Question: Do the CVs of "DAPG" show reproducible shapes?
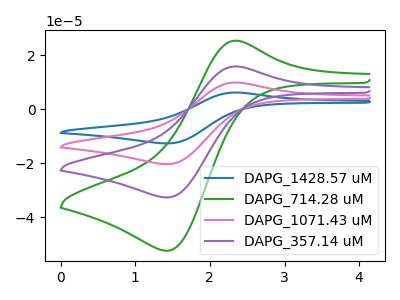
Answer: <think>The blue curve "DAPG_1428.57 uM" has an anodic peak at (2.35V, 47.35uA) and a cathodic peak at (1.45V, -98.00uA). The green curve "DAPG_714.28 uM" has an anodic peak at (2.35V, 25.30uA) and a cathodic peak at (1.45V, -52.40uA). The pink curve "DAPG_1071.43 uM" has an anodic peak at (2.35V, 31.55uA) and a cathodic peak at (1.45V, -65.35uA). The purple curve "DAPG_357.14 uM" has an anodic peak at (2.35V, 15.80uA) and a cathodic peak at (1.45V, -32.65uA).
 All the peaks in "DAPG_1428.57 uM" have a peak in "DAPG_714.28 uM" at the same potential. Every peak in "DAPG_1428.57 uM" is higher than every peak in "DAPG_714.28 uM". All the peaks in "DAPG_1428.57 uM" have a peak in "DAPG_1071.43 uM" at the same potential. Every peak in "DAPG_1428.57 uM" is higher than every peak in "DAPG_1071.43 uM". All the peaks in "DAPG_1428.57 uM" have a peak in "DAPG_357.14 uM" at the same potential. Every peak in "DAPG_1428.57 uM" is higher than every peak in "DAPG_357.14 uM". All the peaks in "DAPG_714.28 uM" have a peak in "DAPG_1071.43 uM" at the same potential. Every peak in "DAPG_714.28 uM" is lower than every peak in "DAPG_1071.43 uM". All the peaks in "DAPG_714.28 uM" have a peak in "DAPG_357.14 uM" at the same potential. Every peak in "DAPG_714.28 uM" is higher than every peak in "DAPG_357.14 uM". All the peaks in "DAPG_1071.43 uM" have a peak in "DAPG_357.14 uM" at the same potential. Every peak in "DAPG_1071.43 uM" is higher than every peak in "DAPG_357.14 uM".</think>
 <answer>All the CV's of "DAPG" have similar shape.</answer>
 <eval>follow_rule</eval>